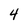
Character: 4